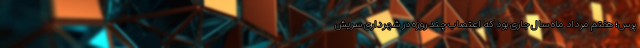
پرس؛ هفتم مرداد ماه سال جاری بود که اعتصاب چند روزه در شهرداری سریش